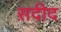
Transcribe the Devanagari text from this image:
स़दीद